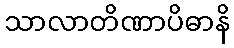
သာလာတိဏာပိဓာနိ